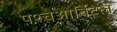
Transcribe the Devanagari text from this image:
पश्चओर्बिटल